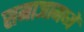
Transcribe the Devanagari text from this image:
समाजामध्यें